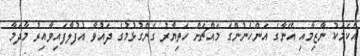
އެކަމަކު ނާޒިމާއި އޭނާގެ އަންހެނުންގެ މައްޗަށް ހަތިޔާރު ގެންގުޅުމުގެ ދައުވާ އުފުލާފައިވާއިރު މާދަމާ